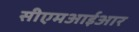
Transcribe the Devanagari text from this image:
सीएमआईआर